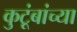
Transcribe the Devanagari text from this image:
कुटूंबांच्या